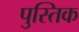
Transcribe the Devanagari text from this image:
पुस्तिक